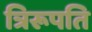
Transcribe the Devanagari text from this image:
त्रिरूपति